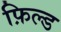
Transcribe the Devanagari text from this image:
फ़िल्ड